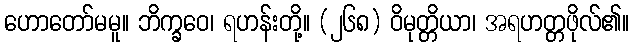
ဟောတော်မမူ။ ဘိက္ခဝေ၊ ရဟန်းတို့။ (၂၆၈) ဝိမုတ္တိယာ၊ အရဟတ္တဖိုလ်၏။